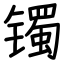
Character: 镯